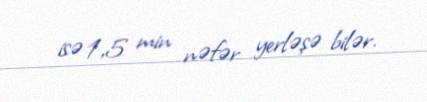
isə 1,5 min nəfər yerləşə bilər.